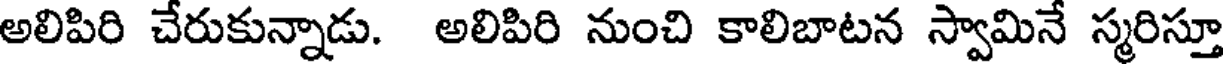
అలిపిరి చేరుకున్నాడు. అలిపిరి నుంచి కాలిబాటన స్వామినే స్మరిస్తూ